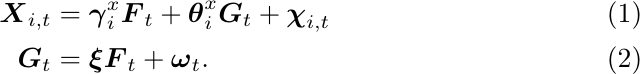
\begin{align}
    \boldsymbol{X}_{i,t} &= \boldsymbol{\gamma}_i^x\boldsymbol{F}_t+\boldsymbol{\theta}_i^x\boldsymbol{G}_t + \boldsymbol{\chi}_{i,t} \label{eq:emp3}\\
     \boldsymbol{G}_{t} &= \boldsymbol{\xi}\boldsymbol{F}_t+ \boldsymbol{\omega}_{t}\label{eq:emp4}.
\end{align}